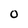
Character: 0